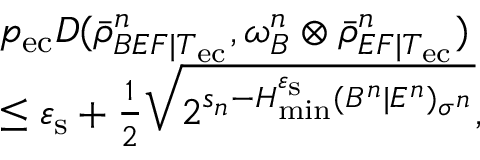
\begin{array} { r l } & { p _ { \mathrm { e c } } D ( \bar { \rho } _ { B E F | T _ { \mathrm { e c } } } ^ { n } , \omega _ { B } ^ { n } \otimes \bar { \rho } _ { E F | T _ { \mathrm { e c } } } ^ { n } ) } \\ & { \leq \varepsilon _ { \mathrm { s } } + \frac { 1 } { 2 } \sqrt { 2 ^ { s _ { n } - H _ { \mathrm { m i n } } ^ { \varepsilon _ { \mathrm { s } } } ( B ^ { n } | E ^ { n } ) _ { \sigma ^ { n } } } } , } \end{array}